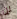
لن